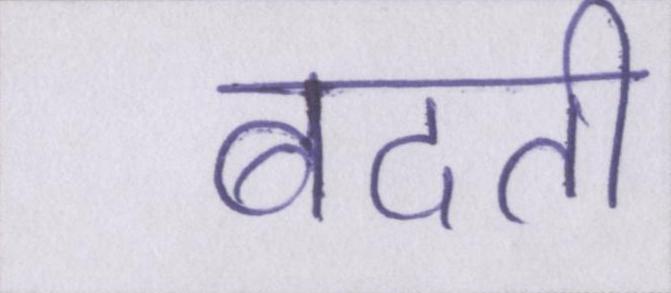
बदती